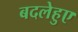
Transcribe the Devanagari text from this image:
बदलेहुए